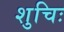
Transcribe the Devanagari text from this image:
शुचिः